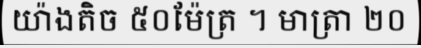
យ៉ាងតិច ៥០ម៉ែត្រ ។ មាត្រា ២០